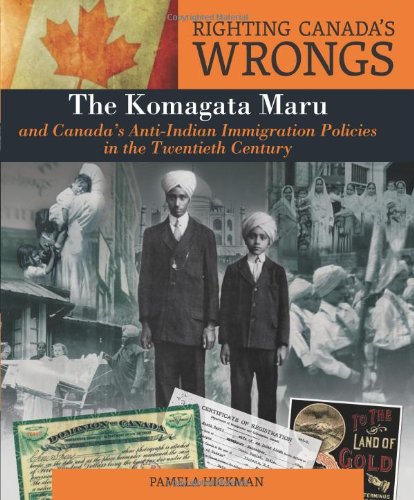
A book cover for Righting Canada's Wrongs: The Komagata Maru and Canada's Anti-Indian Immigration Policies in the Twentieth Century; Pamela Hickman; Teen & Young Adult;